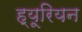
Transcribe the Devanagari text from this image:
ह्यूरियन